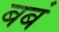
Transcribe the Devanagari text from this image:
बबं